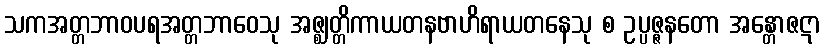
သကအတ္တဘာဝပရအတ္တဘာဝေသု အဇ္ဈတ္တိကာယတနဗာဟိရာယတနေသု စ ဥပ္ပဇ္ဇနတော အန္တောဇဋာ